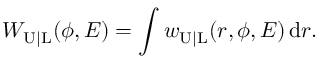
W _ { \mathrm { U | L } } ( \phi , E ) = \int w _ { \mathrm { U | L } } ( r , \phi , E ) \, \mathrm { d } r .